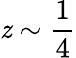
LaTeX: \mathit{z}\sim\frac{{1}}{{4}}